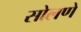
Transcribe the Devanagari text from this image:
सोलणे